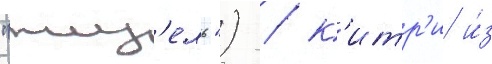
"жиз'ель") / к'итр'и и́з